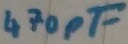
Text: 470pF